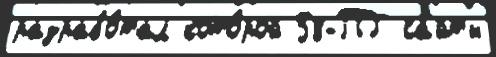
разрабо́тал кото́рой 58-ПГ са́йты